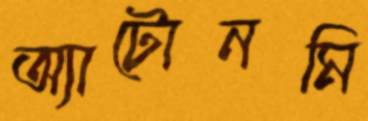
অ্যাটোনমি